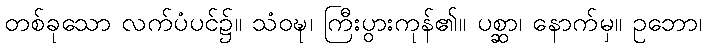
တစ်ခုသော လက်ပံပင်၌။ သံဝဍ္ဎ၊ ကြီးပွားကုန်၏။ ပစ္ဆာ၊ နောက်မှ။ ဥဘော၊